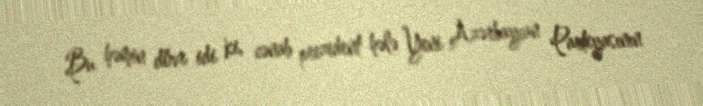
Bu həmin dövr idi ki, cənab prezident hələ Yeni Azərbaycan Partiyasının